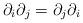
LaTeX: \begin{align*}\partial_{i}\partial_{j}=\partial_{j}\partial_{i}\end{align*}